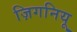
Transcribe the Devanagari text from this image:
ज़िगनियू